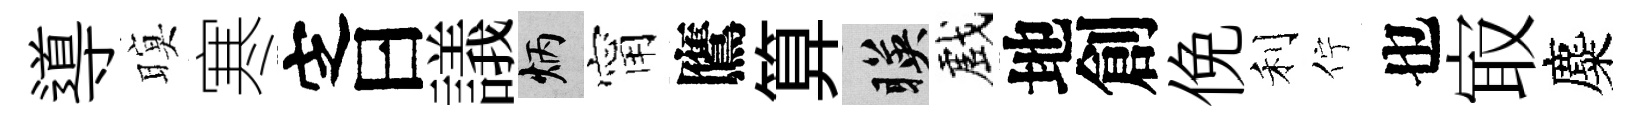
導暝寒㝎曰議炳甯鷹算暎戲地創俛利佇也㝡麋